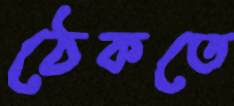
ঠেকতে